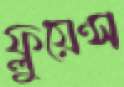
ফ্লুয়েন্স